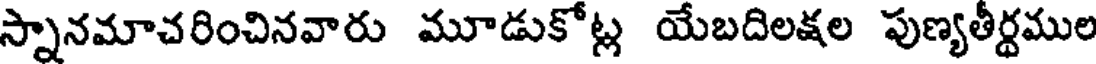
స్నానమాచరించినవారు మూడుకోట్ల యేబదిలక్షల పుణ్యతీర్థముల